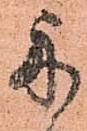
舟